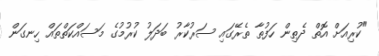
"ކުރިއަށް އޮތް ދެތިން ހަފުތާ ތެރޭގައި ސަރުކާރު ބަދަލު ކުރުމުގެ މަސައްކަތްތައް ހިނގަން